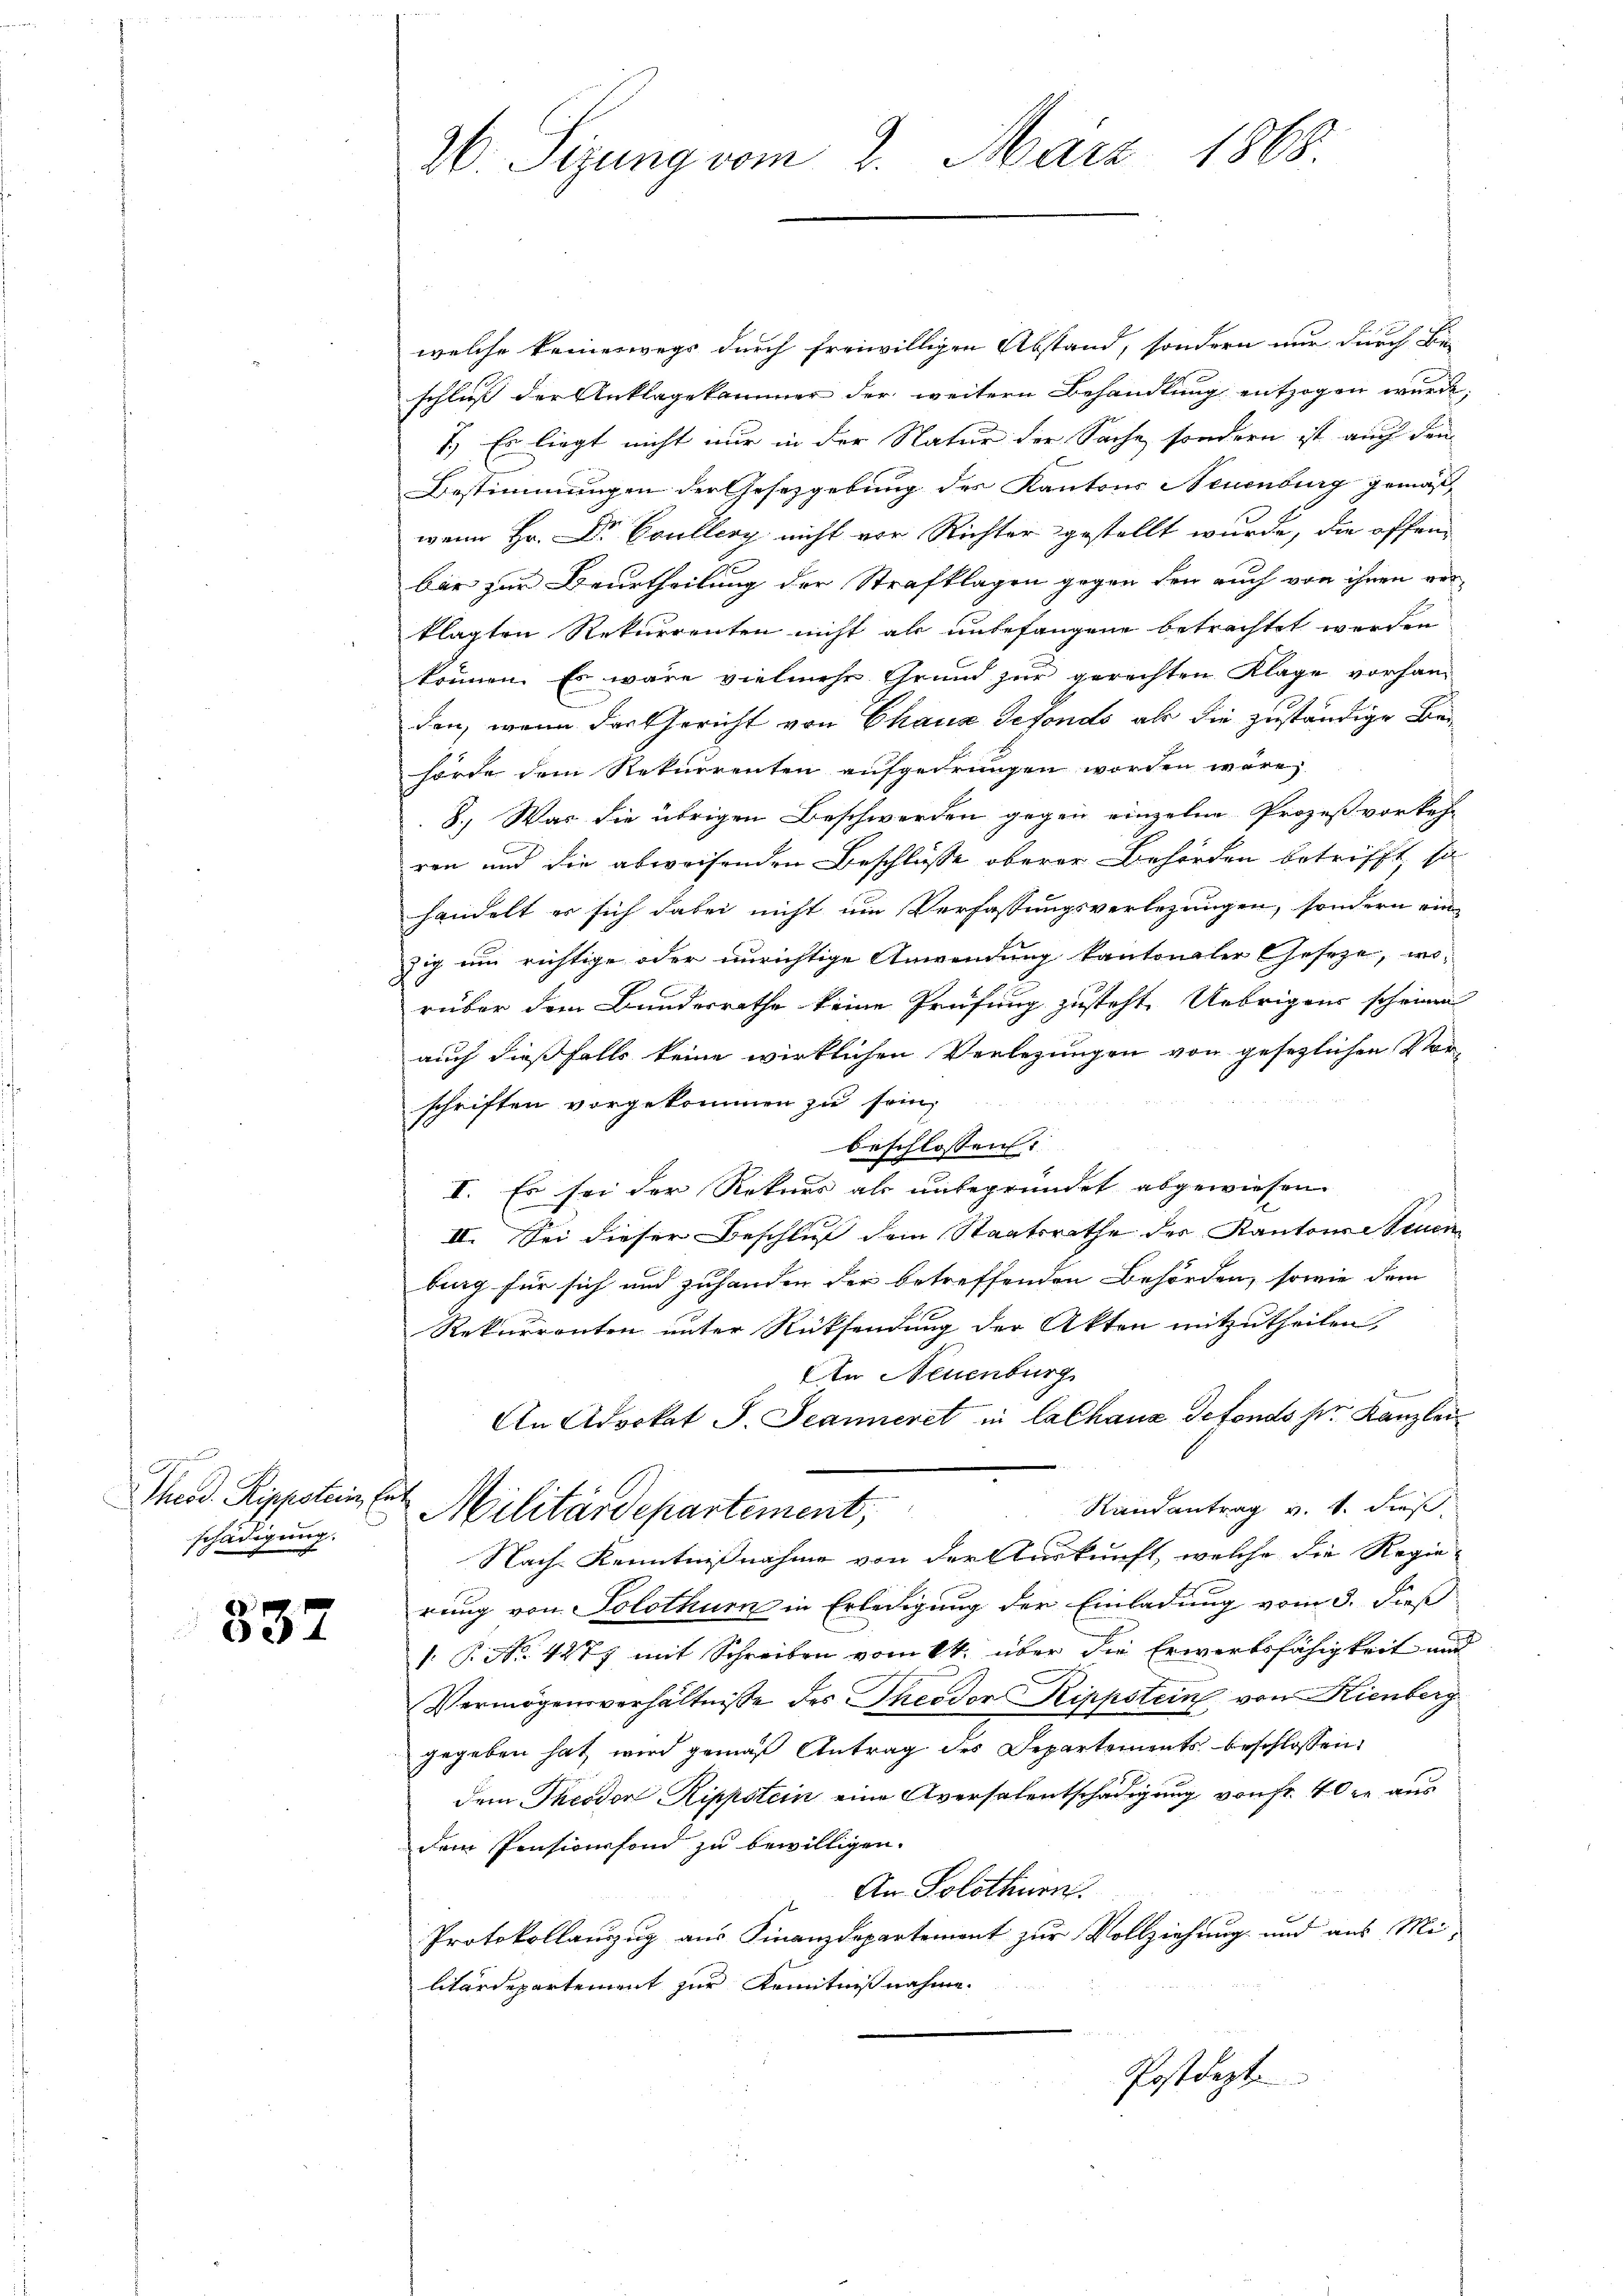
schädigung.

837

26. Sizung vom 2. März 1868.

welche keineswegs durch freiwilligen Abstand, sondern nur durch Be-
schluß der Anklagekammer der weitern Behandlung entzogen wurde
7.) Es liegt nicht nur in der Natur der Sache, sondern ist auch den
Bestimmungen der Gesetzgebung der Kantons Neuenburg gemäß
wenn Hr. Dr Coullery nicht vor Richter gestellt wurde, die offenbar zur Beurtheilung der Strafklagen gegen den auch von ihnen verklagten Rekurrenten nicht als unbefangene betrachtet werden
können. Es wäre vielmehr Grund zur gerechten Klage vorhanden, wenn der Gericht von Chaus defondo als die zuständige Behörde dem Rekurrenten aufgedrungen worden wäre,
8., Was die übrigen Beschwerden gegen einzelne Prozeß vorkehr
ren und die abweisenden Beschlüsse oberer Behörden betrifft, so
handelt er sich dabei nicht um Verfassungsverlegungen, sondern ein
zig um richtige oder unrichtige Anwendung kantonaler Geseze, worüber dem Bundesrathe keine Prüfung zusteht. Uebrigens scheinen
auch dießfalls keine wirklichen Verlegungen von gesezlichen Vorschriften vorgekommen zu sein,
beschlossen:
I. Es sei der Rekurs als unbegründet abgewiesen
II. Sei dieser Beschluß dem Staatsrathe des Kantone Seuen
burg für sich und zuhanden der betreffenden Behörden, sowie dem
Rekurrenten unter Rücksendung der Akten mitzutheilen,
An Neuenburg
An Advokat J. Jeanneret in lachaus defonds ser Kanzlei¬
Theod. Rippstein St. Militärdepartement,
Randantrag v. 1. dieß,
Nach Kenntnißnahme von der Auskunft, welche die Regie-
E
rung von Solothurn in Erledigung der Einladung vom 3. dieß
1. P. Nr. 4477 mit Schreiben vom 14. über die Erwerbsfähigkeit und
Vermögensverhältnisse des Theodor Rippstein, von Kienberg
gegeben hat, wird gemäß Antrag des Departements beschlossen,
dem Theodor Rippstein eine Aversalentschädigung von fr. 40 xr aus
dem Pensionsfond zu bewilligen.
An Solothurn.
Protokollanzug aus Finanzdepartement zur Vollziehung und aus Mi-
litärdepartement zur Kenntnißnahme.
Postdept.